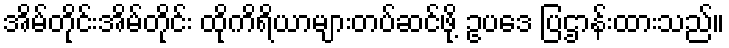
အိမ်တိုင်းအိမ်တိုင်း ထိုကိရိယာများတပ်ဆင်ဖို့ ဥပဒေ ပြဌာန်းထားသည်။